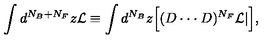
\int d ^ { N _ { B } + N _ { F } } z { \cal L } \equiv \int d ^ { N _ { B } } z \Big [ ( D \cdot \cdot \cdot D ) ^ { N _ { F } } { \cal L } | \Big ] ,